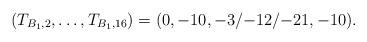
LaTeX: \begin{align*}(T_{B_1,2}, \dots, T_{B_1,16}) = (0,-10,{-3}/{-12}/{-21},-10).\end{align*}